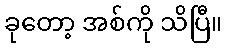
ခုတော့ အစ်ကို သိပြီ။